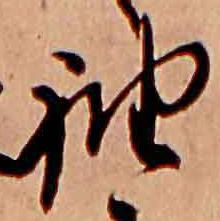
袖